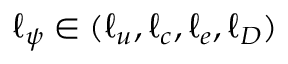
\ell _ { \psi } \in ( \ell _ { u } , \ell _ { c } , \ell _ { e } , \ell _ { D } )